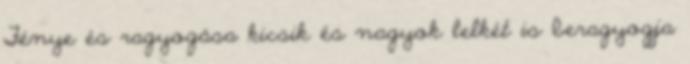
Fénye és ragyogása kicsik és nagyok lelkét is beragyogja